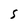
Character: S